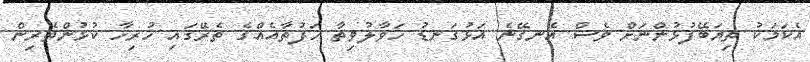
އެކަމަކު ތިޔަބޭފުޅުންނަށް ވެސް އެނގޭނެ އަޅުގަނޑު ހަވާލުވިތާ ހަފުތާއެއްގެ ތެރޭގައި ހުރިހާ ކުޅުންތެރިން